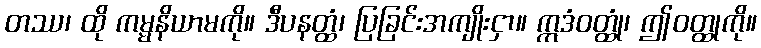
တဿ၊ ထို ကမ္မနိယာမကို။ ဒီပနတ္ထံ၊ ပြခြင်းအကျိုးငှာ။ ဣဒံဝတ္ထုံ၊ ဤဝတ္ထုကို။